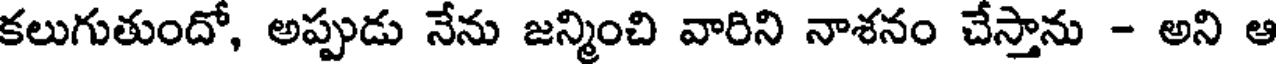
కలుగుతుందో, అప్పుడు నేను జన్మించి వారిని నాశనం చేస్తాను - అని ఆ